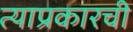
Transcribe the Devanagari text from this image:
त्याप्रकारची